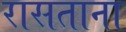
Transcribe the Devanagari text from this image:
रासताना